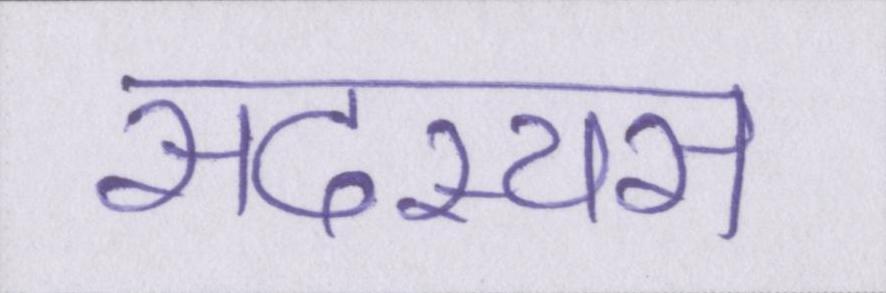
सदस्यस